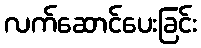
လက်ဆောင်ပေးခြင်း